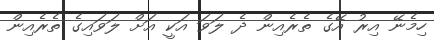
ހިމެނޭ އިރު އޭގެ ތެރެއިން ދެ ލަވަ އަކީ އަށް ލަވައިގެ ތެރެއިން